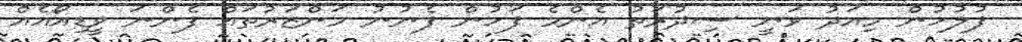
ފުލުހުން މިއަދު ވަނީ ސިދުރަތު އެންމެ ފަހުން ފެނުނު މަންޒަރުތައް ފެންނަ ވީޑިއޯއެއް